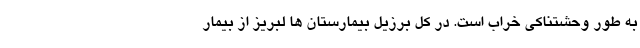
به طور وحشتناکی خراب است. در کل برزیل بیمارستان ها لبریز از بیمار